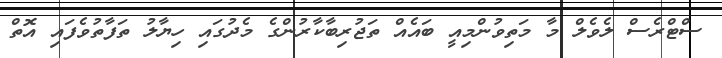
ސްޓްރެސް ލެވެލް މާ މަތިވުންމިއީ ބައެއް ތަޖުރިބާކާރުންގެ މެދުގައި ހިޔާލު ތަފާތުވެފައި އޮތް